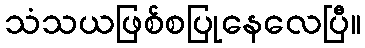
သံသယဖြစ်စပြုနေလေပြီ။